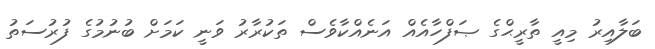
ބަލާއިރު މިއީ ތާރީޙްގެ ޞަފްހާއެއް އަނެއްކާވެސް ތަކުރާރު ވަނީ ކަމަށް ބުނުމުގެ ފުރުސަތު